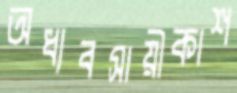
অধ্যবসায়ীকাশ